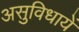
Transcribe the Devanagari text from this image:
असुविधायें